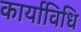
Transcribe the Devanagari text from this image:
कार्याविधि